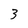
Character: 3